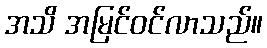
အသိ အမြင်ဝင်လာသည်။